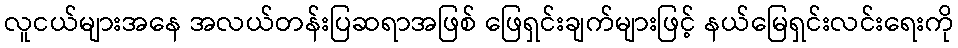
လူငယ်များအနေ အလယ်တန်းပြဆရာအဖြစ် ဖြေရှင်းချက်များဖြင့် နယ်မြေရှင်းလင်းရေးကို